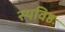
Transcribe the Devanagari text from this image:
स्थविष्ठः